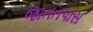
જાતતપાસ